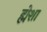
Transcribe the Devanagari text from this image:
ह्मेशा